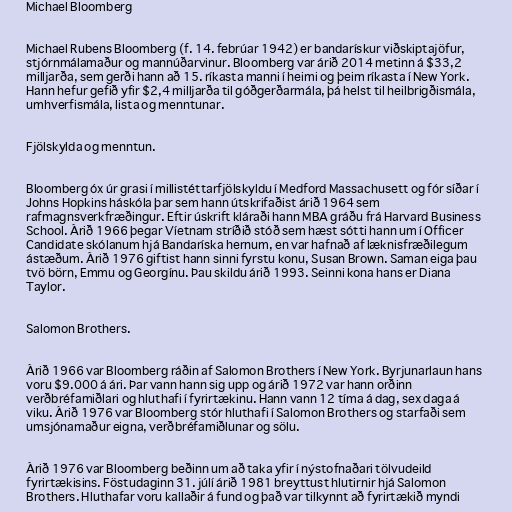
Michael Bloomberg

Michael Rubens Bloomberg (f. 14. febrúar 1942) er bandarískur viðskiptajöfur,
stjórnmálamaður og mannúðarvinur. Bloomberg var árið 2014 metinn á $33,2
milljarða, sem gerði hann að 15. ríkasta manni í heimi og þeim ríkasta í New York.
Hann hefur gefið yfir $2,4 milljarða til góðgerðarmála, þá helst til heilbrigðismála,
umhverfismála, lista og menntunar.

Fjölskylda og menntun.

Bloomberg óx úr grasi í millistéttarfjölskyldu í Medford Massachusett og fór síðar í
Johns Hopkins háskóla þar sem hann útskrifaðist árið 1964 sem
rafmagnsverkfræðingur. Eftir úskrift kláraði hann MBA gráðu frá Harvard Business
School. Árið 1966 þegar Víetnam stríðið stóð sem hæst sótti hann um í Officer
Candidate skólanum hjá Bandaríska hernum, en var hafnað af læknisfræðilegum
ástæðum. Árið 1976 giftist hann sinni fyrstu konu, Susan Brown. Saman eiga þau
tvö börn, Emmu og Georgínu. Þau skildu árið 1993. Seinni kona hans er Diana
Taylor.

Salomon Brothers.

Árið 1966 var Bloomberg ráðin af Salomon Brothers í New York. Byrjunarlaun hans
voru $9.000 á ári. Þar vann hann sig upp og árið 1972 var hann orðinn
verðbréfamiðlari og hluthafi í fyrirtækinu. Hann vann 12 tíma á dag, sex daga á
viku. Árið 1976 var Bloomberg stór hluthafi í Salomon Brothers og starfaði sem
umsjónamaður eigna, verðbréfamiðlunar og sölu.

Árið 1976 var Bloomberg beðinn um að taka yfir í nýstofnaðari tölvudeild
fyrirtækisins. Föstudaginn 31. júlí árið 1981 breyttust hlutirnir hjá Salomon
Brothers. Hluthafar voru kallaðir á fund og það var tilkynnt að fyrirtækið myndi